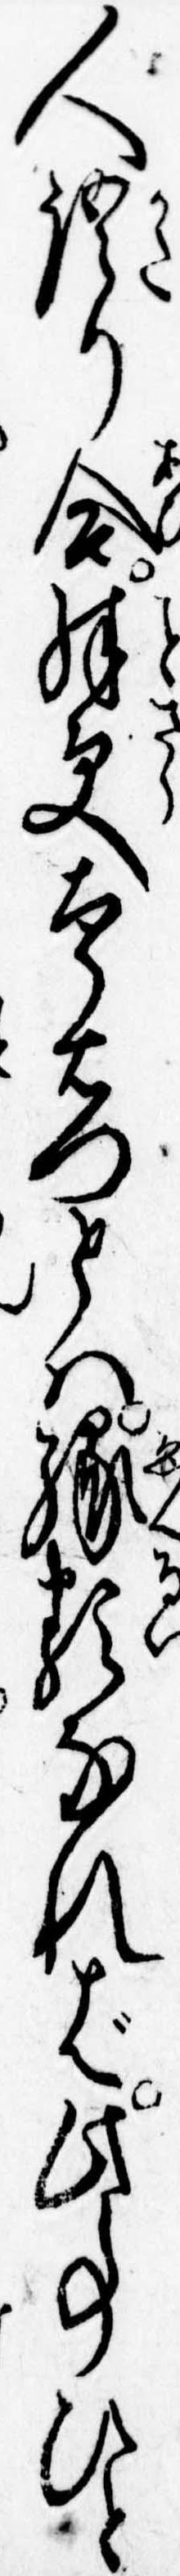
人語り合殊更太郎右門とは縁類なれば此事ひと